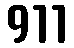
911